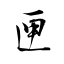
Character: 匣